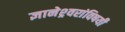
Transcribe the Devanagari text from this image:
ज्ञानेश्र्वरांविषयी